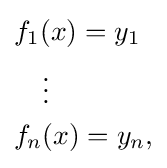
{\begin{aligned}&f_{1}(x)=y_{1}\\&\quad \vdots \\&f_{n}(x)=y_{n},\end{aligned}}